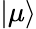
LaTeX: \vert\mu\rangle